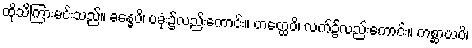
ထိုသိကြားမင်းသည်။ ခန္ဓေပိ၊ ပခုံး၌လည်းကောင်း။ ဟတ္ထေပိ၊ လက်၌လည်းကောင်း။ ကစ္ဆာယပိ၊